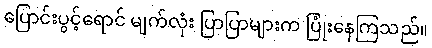
ပြောင်းပွင့်ရောင် မျက်လုံး ပြာပြာများက ပြုံးနေကြသည်။